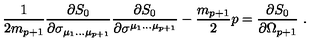
{ \frac { 1 } { 2 m _ { p + 1 } } } { \frac { \partial S _ { 0 } } { \partial \sigma _ { \mu _ { 1 } \dots \mu _ { p + 1 } } } } { \frac { \partial S _ { 0 } } { \partial \sigma ^ { \mu _ { 1 } \dots \mu _ { p + 1 } } } } - \frac { m _ { p + 1 } } { 2 } p = { \frac { \partial S _ { 0 } } { \partial \Omega _ { p + 1 } } } \ .